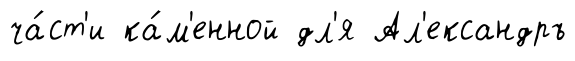
ча́ст'и ка́м'енной дл'я Ал'ександръ